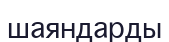
шаяндарды